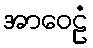
အာဝေဠံ